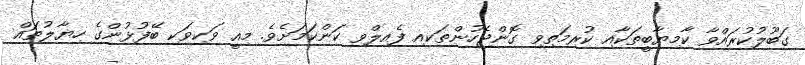
ގަބޫލުކުރައްވާ ކާމިޔާބީތަކާއި ކުރިމަތިވި ގޮންޖެހުންތަކއި ފެއިލްވި ކަންކަމަށެވެ. މިއީ ވަކިވަކި ބޭފުޅުންގެ ހިޔާލުތައް